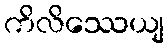
ကိလိဿေယျ